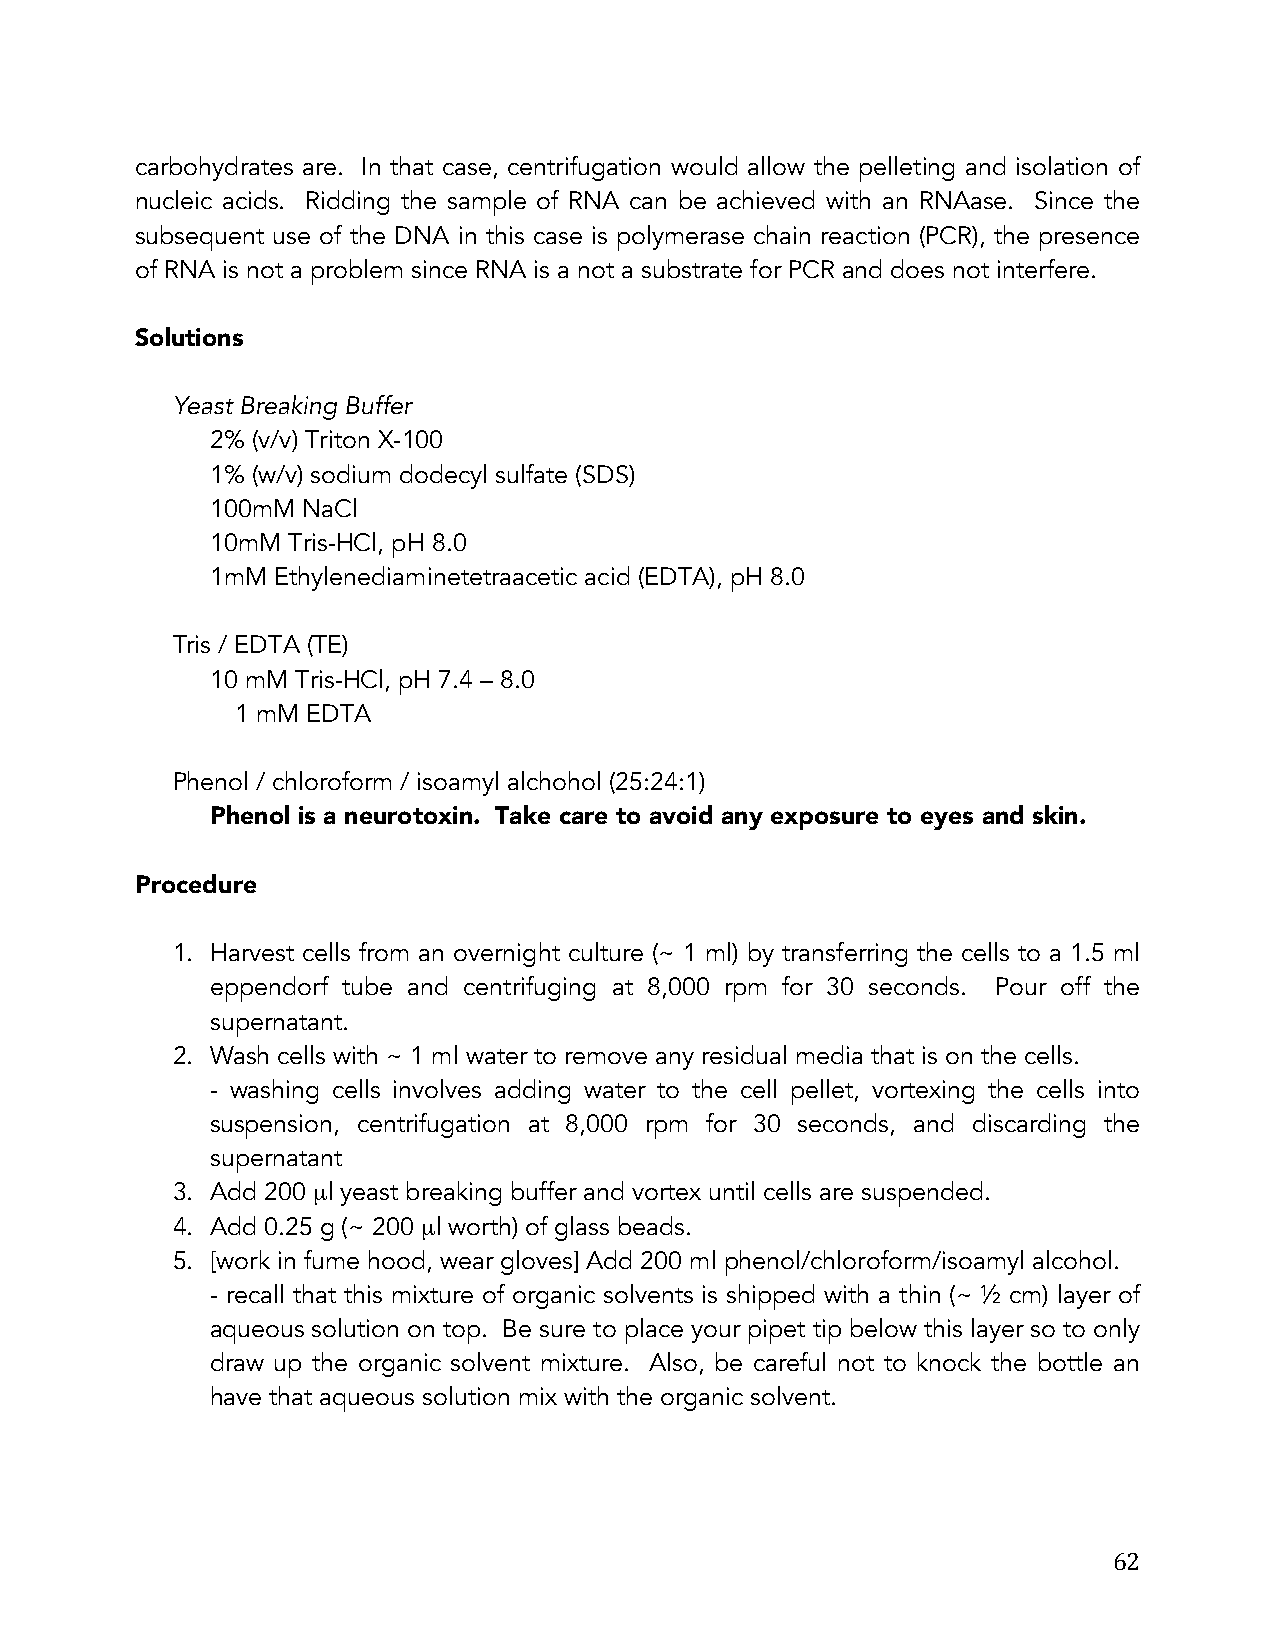
carbohydrates are. In that case, centrifugation would allow the pelleting and isolation of
 nucleic acids. Ridding the sample of RNA can be achieved with an RNAase. Since the
 subsequent use of the DNA in this case is polymerase chain reaction (PCR), the presence
 of RNA is not a problem since RNA is a not a substrate for PCR and does not interfere.
 Solutions
 Yeast Breaking Buffer
 2% (v/v) Triton X-100
 1% (w/v) sodium dodecyl sulfate (SDS)
 100mM NaCl
 10mM Tris-HCl, pH 8.0
 1mM Ethylenediaminetetraacetic acid (EDTA), pH 8.0
 Tris / EDTA (TE)
 10 mM Tris-HCl, pH 7.4 – 8.0
 1 mM EDTA
 Phenol / chloroform / isoamyl alchohol (25:24:1)
 Phenol is a neurotoxin. Take care to avoid any exposure to eyes and skin.
 Procedure
 1. Harvest cells from an overnight culture (~ 1 ml) by transferring the cells to a 1.5 ml
 eppendorf tube and centrifuging at 8,000 rpm for 30 seconds. Pour off the
 supernatant.
 2. Wash cells with ~ 1 ml water to remove any residual media that is on the cells.
 - washing cells involves adding water to the cell pellet, vortexing the cells into
 suspension, centrifugation at 8,000 rpm for 30 seconds, and discarding the
 supernatant
 3. Add 200 µl yeast breaking buffer and vortex until cells are suspended.
 4. Add 0.25 g (~ 200 µl worth) of glass beads.
 5. [work in fume hood, wear gloves] Add 200 ml phenol/chloroform/isoamyl alcohol.
 - recall that this mixture of organic solvents is shipped with a thin (~ ½ cm) layer of
 aqueous solution on top. Be sure to place your pipet tip below this layer so to only
 draw up the organic solvent mixture. Also, be careful not to knock the bottle an
 have that aqueous solution mix with the organic solvent.
 62